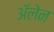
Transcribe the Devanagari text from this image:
ॲलेन